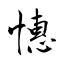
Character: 憓